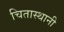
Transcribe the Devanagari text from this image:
चितास्थानी